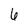
Character: 6